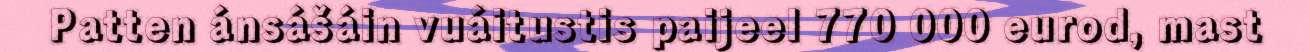
Patten ánsášáin vuáitustis paijeel 770 000 eurod, mast